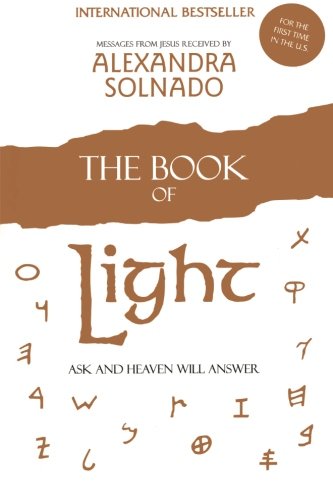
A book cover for The Book of Light: Ask and Heaven Will Answer; Alexandra Solnado; Religion & Spirituality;